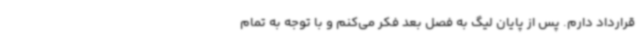
قرارداد دارم. پس از پایان لیگ به فصل بعد فکر می‌کنم و با توجه به تمام